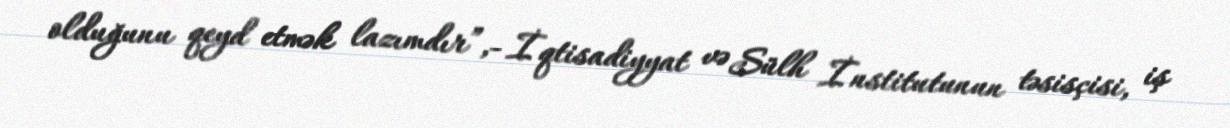
olduğunu qeyd etmək lazımdır”,- İqtisadiyyat və Sülh İnstitutunun təsisçisi, iş